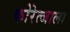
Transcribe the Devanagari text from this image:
कोरेत्जाला